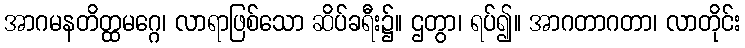
အာဂမနတိတ္ထမဂ္ဂေ၊ လာရာဖြစ်သော ဆိပ်ခရီး၌။ ဌတွာ၊ ရပ်၍။ အာဂတာဂတာ၊ လာတိုင်း